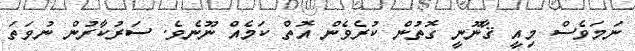
ނަމަވެސް މިއީ ޤާނޫނީ ގޮތުން ކުރެވެން އޮތް ކަމެއް ނޫނެވެ. ސަރުކާރުން ނުވަތަ